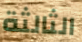
الثالثة